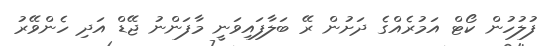
ފުލުހުން ކޯޓް އަމުރެއްގެ ދަށުން ރޭ ބަލާފައިވަނީ މާފަންނު ޖޭޑް އަދި ހެންވޭރު